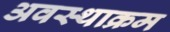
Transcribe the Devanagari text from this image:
अवस्थाक्रम